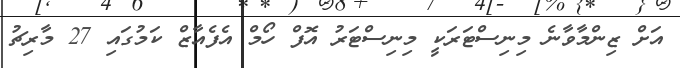
އަށް ޒިންމާވާނެ މިނިސްޓަރަކީ މިނިސްޓަރު އޮފް ހޯމް އެފެއާޒް ކަމުގައި 27 މާރިޗު